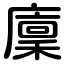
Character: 廩